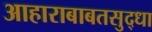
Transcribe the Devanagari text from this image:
आहाराबाबतसुद्धा